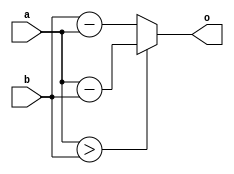
module absdiff (
	input [7:0] a,
	input [7:0] b,
	output [7:0] o
	
);
	assign o = (a>b) ? a-b : b-a;
endmodule